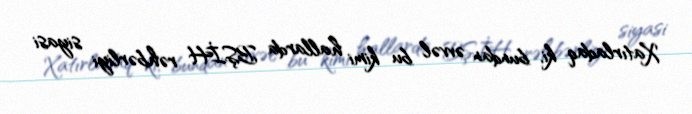
Xatırladaq ki, bundan əvvəl bu kimi hallarda BŞİH rəhbərliyi siyasi